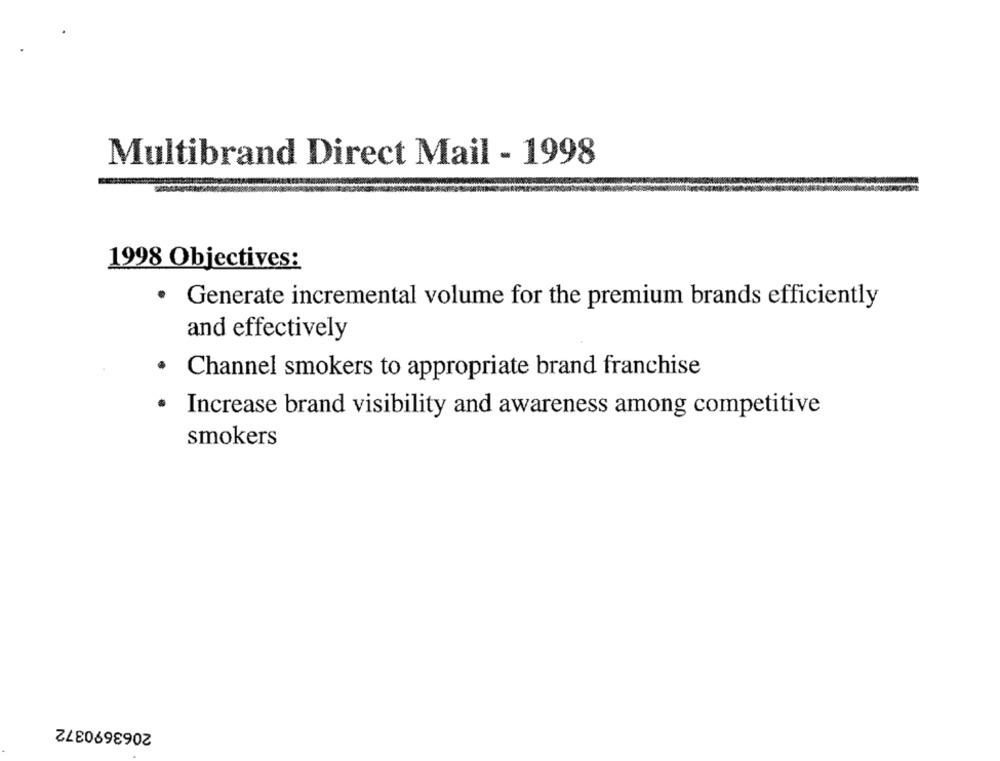
Multibrand Direct Mail - 1998
1998 Objectives:
· Generate incremental volume for the premium brands efficiently
and effectively
.
Channel smokers to appropriate brand franchise
Increase brand visibility and awareness among competitive
smokers
2063690372